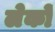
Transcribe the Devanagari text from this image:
लेकों